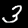
Digit: 3